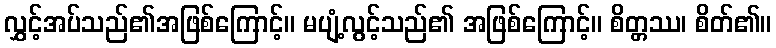
လွှင့်အပ်သည်၏အဖြစ်ကြောင့်။ မပျံ့လွင့်သည်၏ အဖြစ်ကြောင့်။ စိတ္တဿ၊ စိတ်၏။